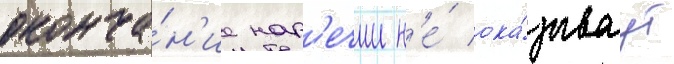
оконча́н'ие нар'ечии н'е́ ока́зываут